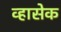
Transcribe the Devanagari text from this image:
व्हासेक